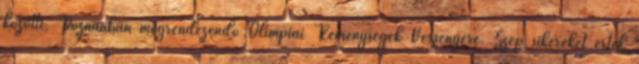
közötti, Poznanban megrendezendő Olimpiai Reménységek Versenyére. Szép sikereket értek